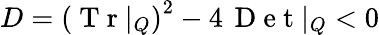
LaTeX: D=\left(\mathrm{~T~r~}|_{Q}\right)^{2}-4\, \mathrm{~D~e~t~}|_{Q}<0